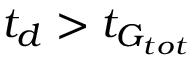
t _ { d } > t _ { G _ { t o t } }